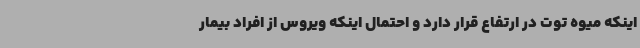
اینکه میوه توت در ارتفاع قرار دارد و احتمال اینکه ویروس از افراد بیمار